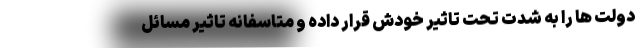
دولت ها را به شدت تحت تاثیر خودش قرار داده و متاسفانه تاثیر مسائل